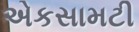
એકસામટી